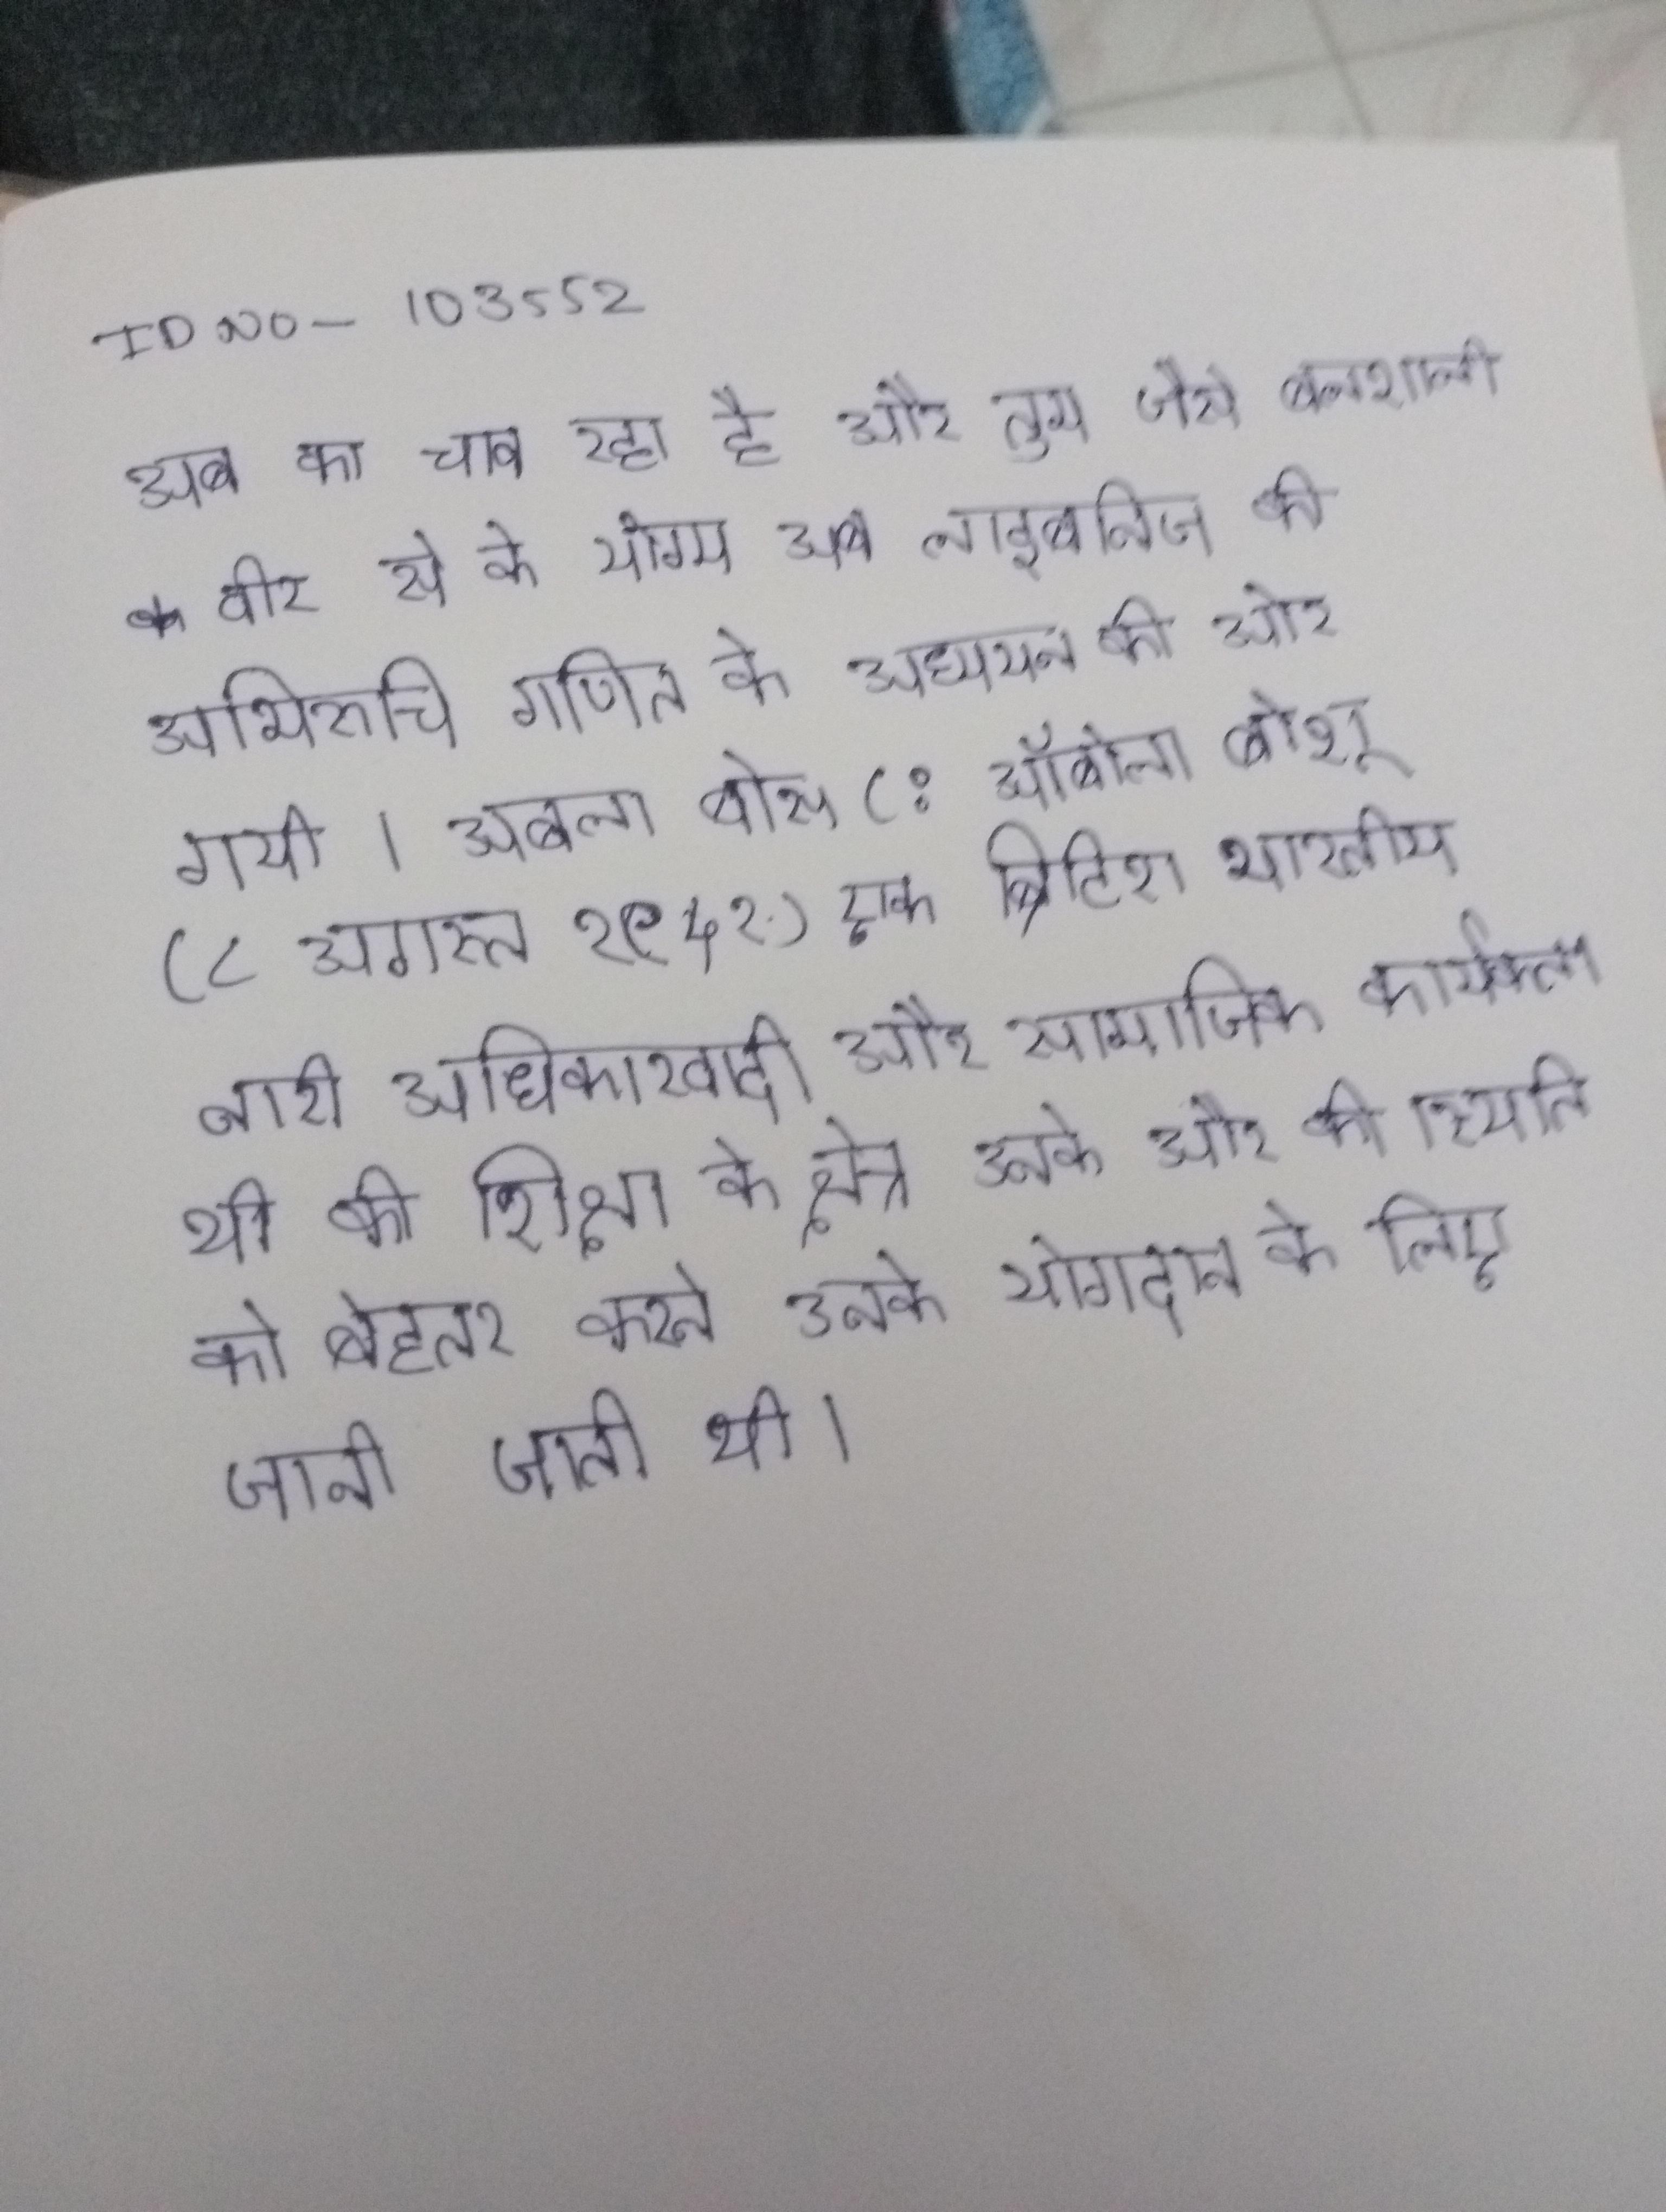
अब का चाव रहा है और तुम जैसे बलशाली वीर से के योग्य अब हम रह भी गये । अब लाइबनिज की अभिरुचि गणित के अध्ययन की ओर गयी । अबला बोस (; ऑबोला बोशू) (८ अगस्त १८६५ - २५ अप्रैल १९५१) एक ब्रिटिश भारतीय नारी अधिकारवादी और सामाजिक कार्यकर्ता थी, की शिक्षा के क्षेत्र उनके और की स्थिति को बेहतर करने उनके योगदान के लिए जानी जाती थी ।